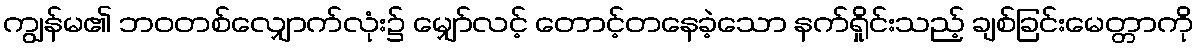
ကျွန်မ၏ ဘဝတစ်လျှောက်လုံး၌ မျှော်လင့် တောင့်တနေခဲ့သော နက်ရှိုင်းသည့် ချစ်ခြင်းမေတ္တာကို